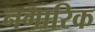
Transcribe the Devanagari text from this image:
नगारिक